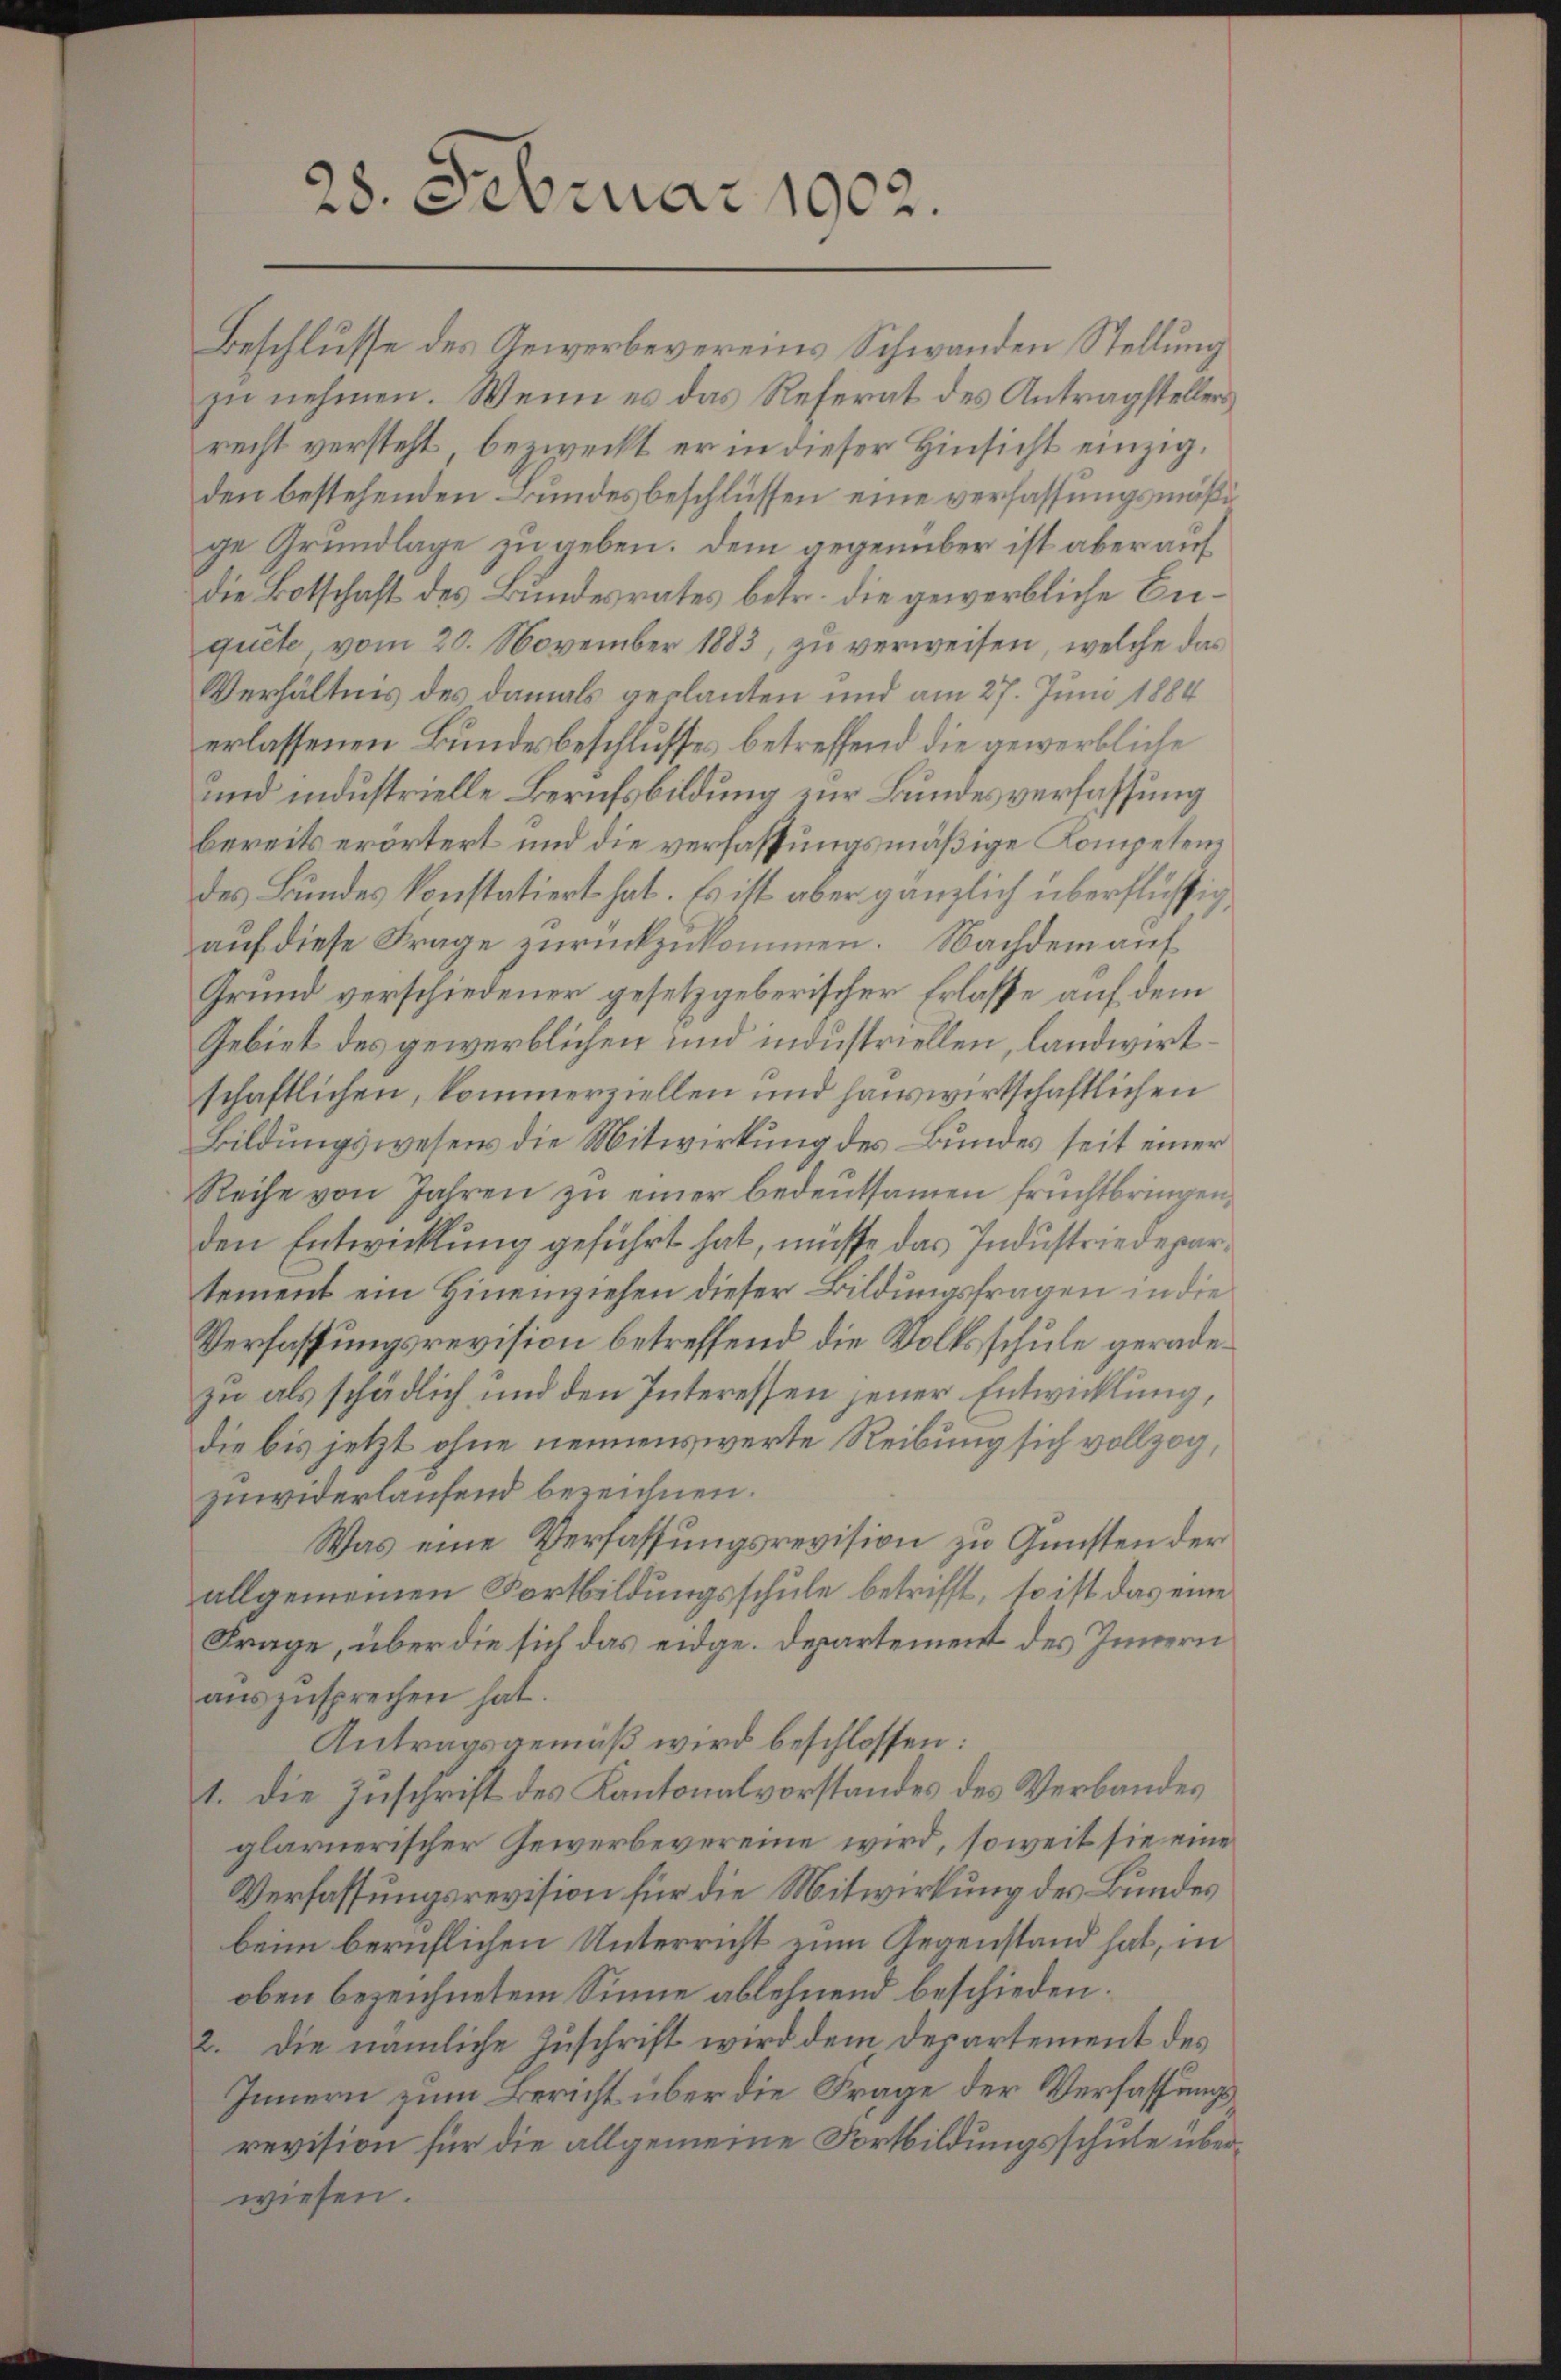
28. Februar 1902.

Beschlusse des Gewerbevereins Schwanden Stellung
zu nehmen. Wenn es das Referat des Antragstellers
recht versteht, bezweckt er in dieser Hinsicht einzigden bestehenden Bundesbeschlüssen eine verfassungsmäßige Grundlage zu geben. Dem gegenüber ist aber auf
Die Botschaft des Bundesrates betr. die gewerbliche Anquete vom 20. November 1883, zu verweisen, welche das
Verhältnis des damals geplanten und am 27. Juni 1884
erlassenen Bundesbeschlusses betreffend die gewerbliche
und industrielle Berufsbildung zur Bundesverfassung
bereits erörtert und die verfassungsmäßige Kompetendes Bundes konstatiert hat. Es ist aber gänzlich überflüssig
auf diese Frage zurückzukommen. Nachdem auf
Grund verschiedener gesetzgeberischer Erlasse auf dem
Gebiet des gewerblichen und industriellen, landwirtschaftlichen, kommerziellen und hauswirtschaftlichen
Bildungswesens die Mitwirkung des Bundes seit einer
Reihe von Jahren zu einer bedeutsamen fruchtbringen,
den Entwicklung geführt hat, müsse das Industriedepartement ein Hineinziehen dieser Bildungsfragen in die
Verfassungsrevision betreffend die Volksschule geradezu als schädlich und den Interessen jener Entwicklung,
die bis jetzt ohne nennenswerte Reibung sich vollzog,
zuwiderlaufend bezeichnen.
Was eine Verfassungsrevision zu Gunsten der
allgemeinen Fortbildungsschule betrifft, so ist das eine
Frage, über die sich das eidge. Departement des Innern
aŭszusprechen hat.
Antragsgemäß wird beschlossen:
1. Die Zuschrift des Kantonalvorstandes des Verbandes
glarnerischer Gewerbevereine wird, soweit sie eine
Verfassungsrevision für die Mitwirkung des Bundes
beim beruflichen Unterricht zum Gegenstand hat, in
oben bezeichnetem Sinne ablehnend beschieden.
2. Die nämliche Zuschrift wird dem Departement des
Innern zum Bericht über die Frage der Verfassungsrevision für die allgemeine Fortbildungsschule überwiesen.